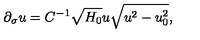
\partial _ { \sigma } u = C ^ { - 1 } \sqrt { H _ { 0 } } u \sqrt { u ^ { 2 } - u _ { 0 } ^ { 2 } } ,